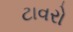
ટાવરો